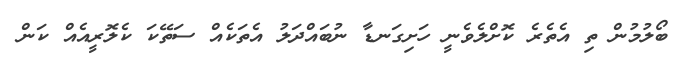
ބޯލުމުން ތި އެތެރެ ކޮށްލެވެނީ ހަށިގަނޑާ ނުބައްދަލު އެތަކެއް ސަތޭކަ ކެލޮރީއެއް ކަން